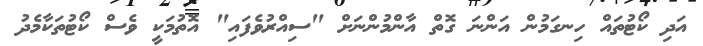
އަދި ކޯޓުތައް ހިނގަމުން އަންނަ ގޮތް އާންމުންނަށް "ސިއްރުވެފައި" އޮތުމަކީ ވެސް ކޯޓުތަކާމެދު